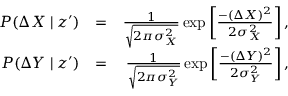
\begin{array} { r l r } { P ( \Delta X \mid z ^ { \prime } ) } & { = } & { \frac { 1 } { \sqrt { 2 \pi \sigma _ { X } ^ { 2 } } } \exp \left[ \frac { - ( \Delta X ) ^ { 2 } } { 2 \sigma _ { X } ^ { 2 } } \right] , } \\ { P ( \Delta Y \mid z ^ { \prime } ) } & { = } & { \frac { 1 } { \sqrt { 2 \pi \sigma _ { Y } ^ { 2 } } } \exp \left[ \frac { - ( \Delta Y ) ^ { 2 } } { 2 \sigma _ { Y } ^ { 2 } } \right] , } \end{array}